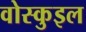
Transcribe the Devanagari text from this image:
वोस्कुइल